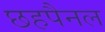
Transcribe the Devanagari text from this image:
छहपैनल